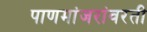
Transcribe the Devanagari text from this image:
पाणमांजरांवरती